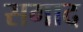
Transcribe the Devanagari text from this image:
सगाद